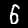
Label: 5